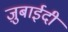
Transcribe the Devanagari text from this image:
ज़ुबाईदी